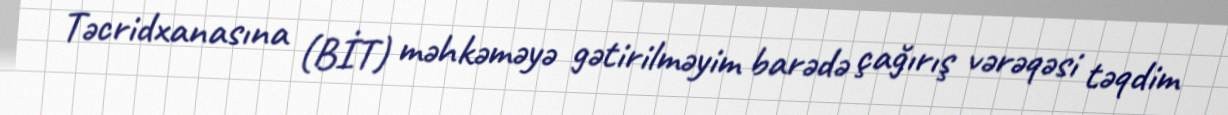
Təcridxanasına (BİT) məhkəməyə gətirilməyim barədə çağırış vərəqəsi təqdim